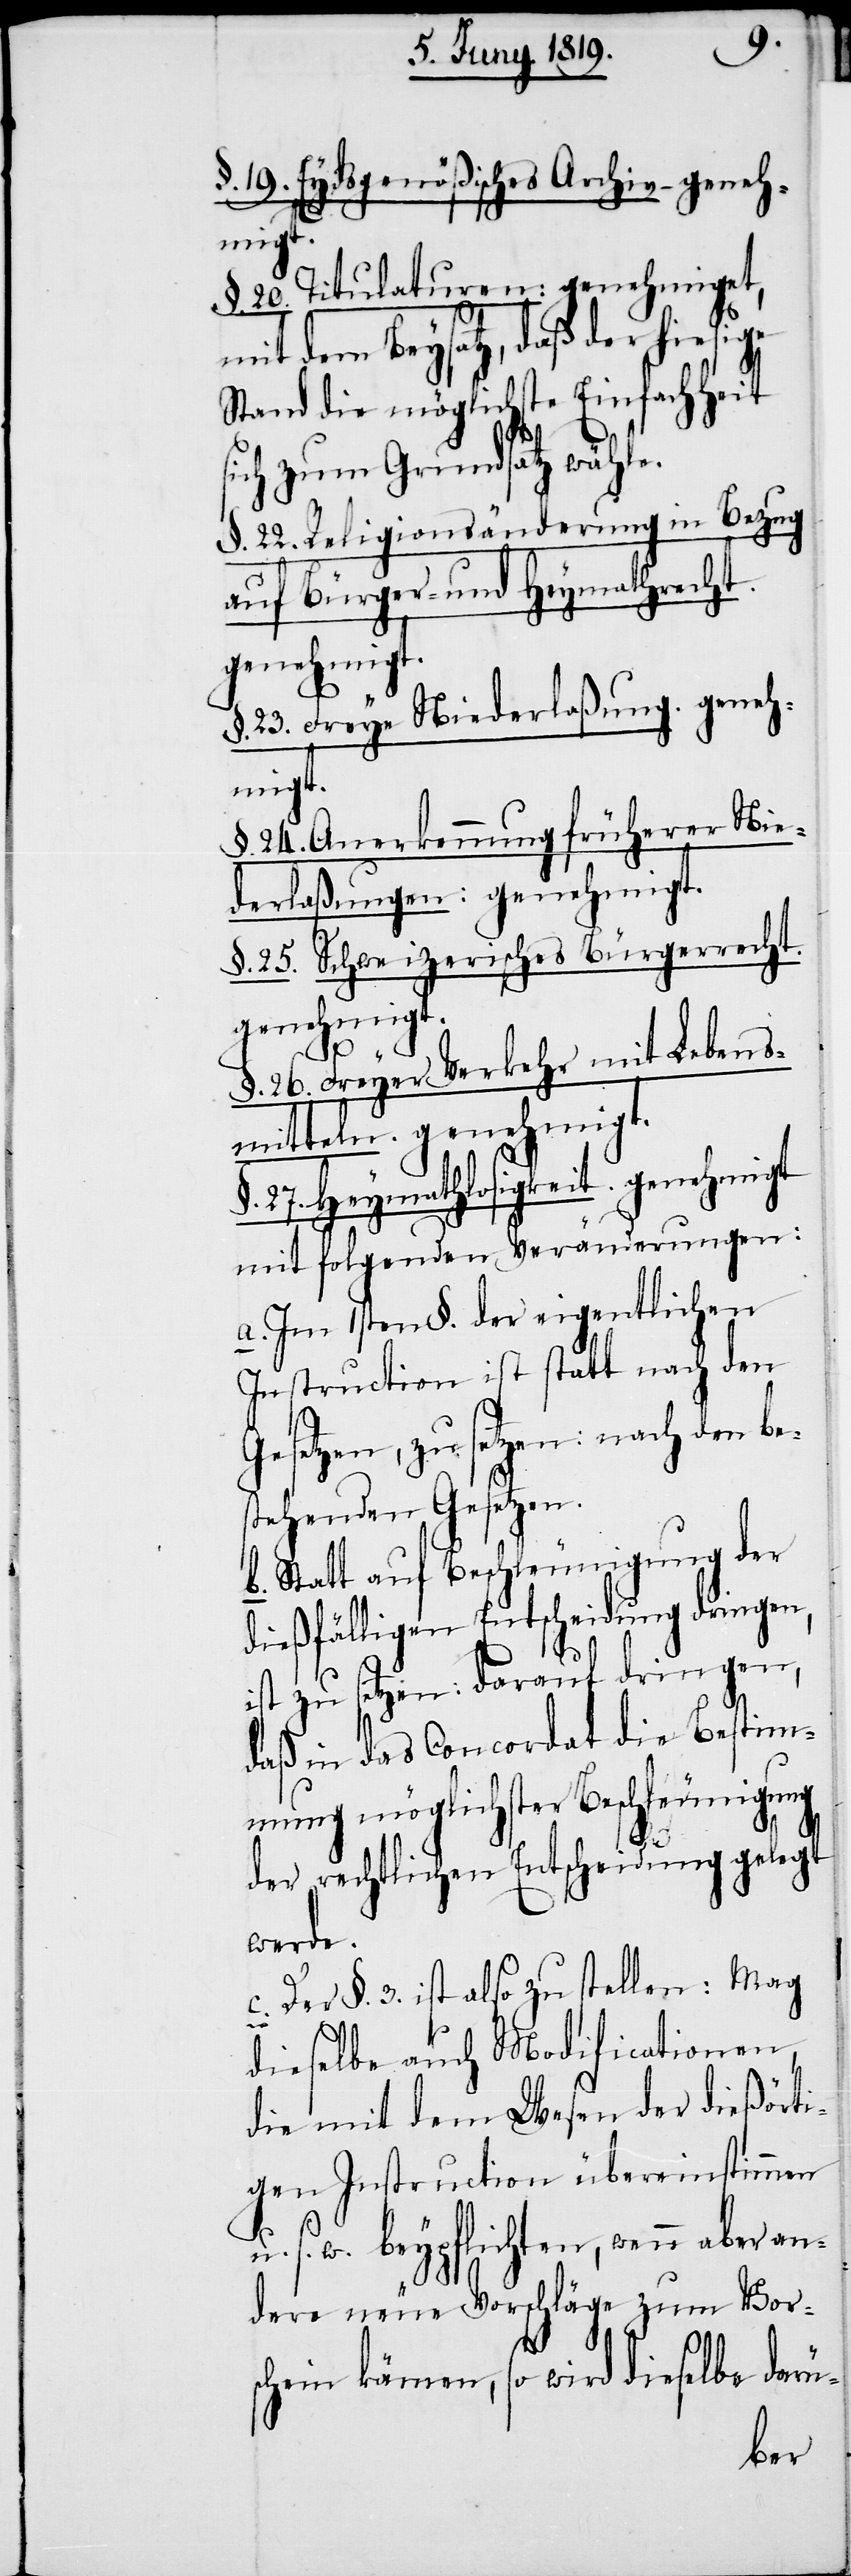
§. 19. Eydsgenößisches Archiv – geneh¬
migt.
§. 20. Titulaturen: genehmiget,
mit dem Beysatz, daß der hiesige
Stand die möglichste Einfachheit
Vors¬
sich zum Grundsatz wähle.
§. 22. Religionsänderung in Bezug
auf Bürger- und Heymathsrecht.
genehmigt.
§. 23. Freye Niederlaßung. geneh¬
migt.
§. 24. Anerkennung früherer Nie¬
derlaßungen: genehmigt.
§. 25. Schweizerisches Bürgerrecht.
§. 26. Freyer Verkehr mit Lebens¬
mitteln. genehmigt.
27. Heymathlosigkeit. genehmigt
mit folgenden Veränderungen:
a. Im 1sten §. der eigentlichen
Instruction ist statt nach den
Gesetzen, zu setzen: nach den be¬
stehenden Gesetzen.
b. Statt auf Beschleunigung der
dießfälligen Entscheidung dringen,
ist zu setzen: darauf dringen,
daß in das Concordat die Bestim¬
mung möglichster Beschleunigung
der rechtlichen Entscheidung gelegt
werde.
c. Der §. 3. ist also zu stellen: Mag
dieselbe auch Modificationen,
igen Instruction übereinstimmen
s. w. beypflichten, wenn aber an¬
chein kämen, so wird dieselbe darü-